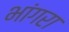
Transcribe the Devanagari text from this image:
भांगरा